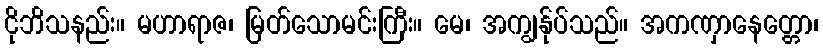
ငိုဘိသနည်း။ မဟာရာဇ၊ မြတ်သောမင်းကြီး။ မေ၊ အကျွန်ုပ်သည်။ အကဏှာနေတ္တော၊